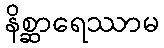
နိစ္ဆာရေဿာမ